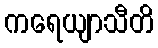
ကရေယျာသီတိ